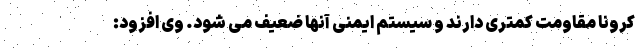
کرونا مقاومت کمتری دارند و سیستم ایمنی آنها ضعیف می شود. وی افزود: